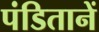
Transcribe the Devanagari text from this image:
पंडितानें